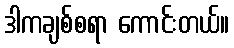
ဒါကချစ်စရာ ကောင်းတယ်။